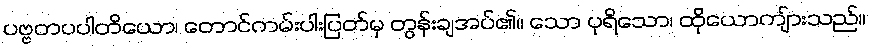
ပဗ္ဗတပပါတိယော၊ တောင်ကမ်းပါးပြတ်မှ တွန်းချအပ်၏။ သော ပုရိသော၊ ထိုယောကျ်ားသည်။